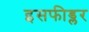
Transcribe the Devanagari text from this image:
इसफीड्लर